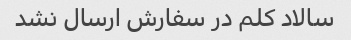
سالاد کلم در سفارش ارسال نشد